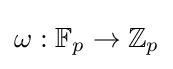
\omega :\mathbb {F} _{p}\to \mathbb {Z} _{p}